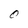
Character: O